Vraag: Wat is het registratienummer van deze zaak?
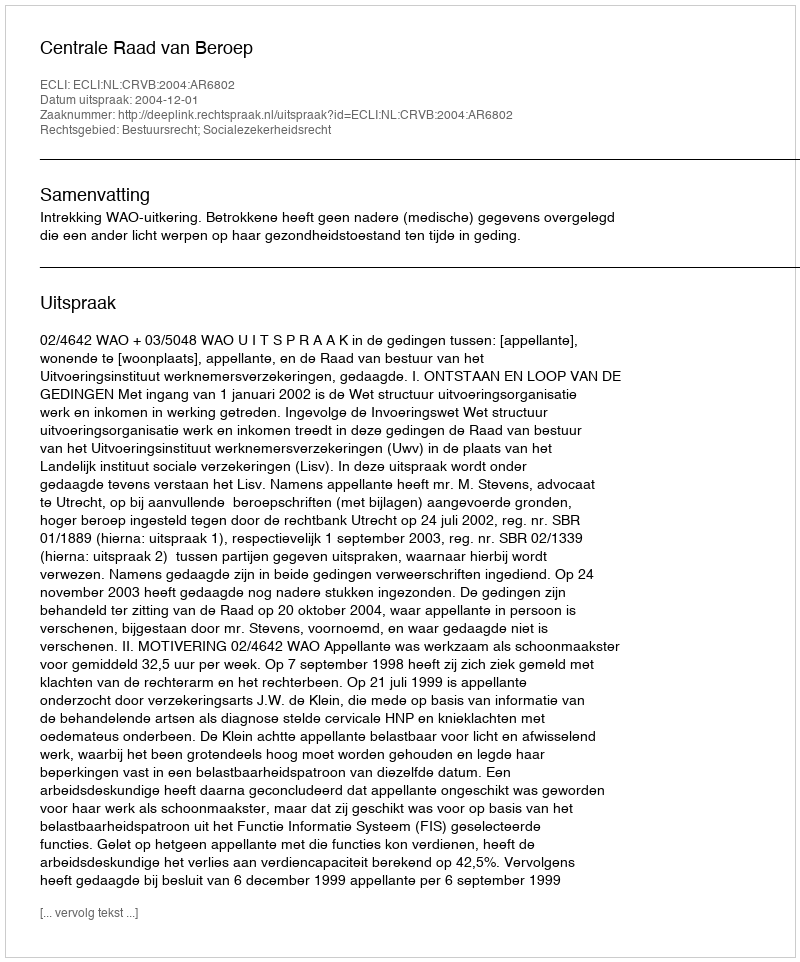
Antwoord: http://deeplink.rechtspraak.nl/uitspraak?id=ECLI:NL:CRVB:2004:AR6802